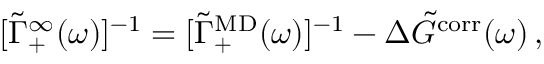
[ \Tilde { \Gamma } _ { + } ^ { \infty } ( \omega ) ] ^ { - 1 } = [ \Tilde { \Gamma } _ { + } ^ { \mathrm { M D } } ( \omega ) ] ^ { - 1 } - \Delta \Tilde { G } ^ { \mathrm { c o r r } } ( \omega ) \, ,